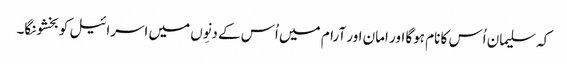
کہ سلیمان اُس کا نام ہوگا اور امان اور آرام میں اُس کے دنِوں میں اسرائیل کو بخشونگا۔